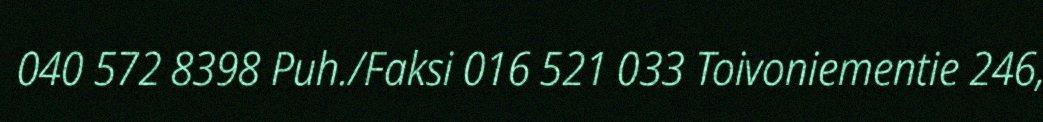
040 572 8398 Puh./Faksi 016 521 033 Toivoniementie 246,